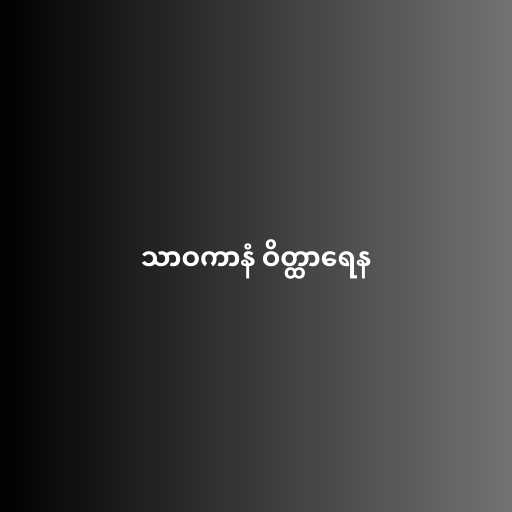
သာဝကာနံ ဝိတ္ထာရေန